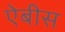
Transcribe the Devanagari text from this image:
ऐबीस